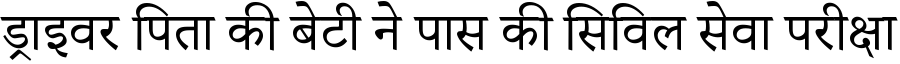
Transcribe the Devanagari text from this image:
ड्राइवर पिता की बेटी ने पास की सिविल सेवा परीक्षा